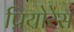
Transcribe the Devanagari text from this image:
प्रियोरेस